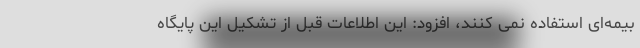
بیمه‌ای استفاده نمی کنند، افزود: این اطلاعات قبل از تشکیل این پایگاه